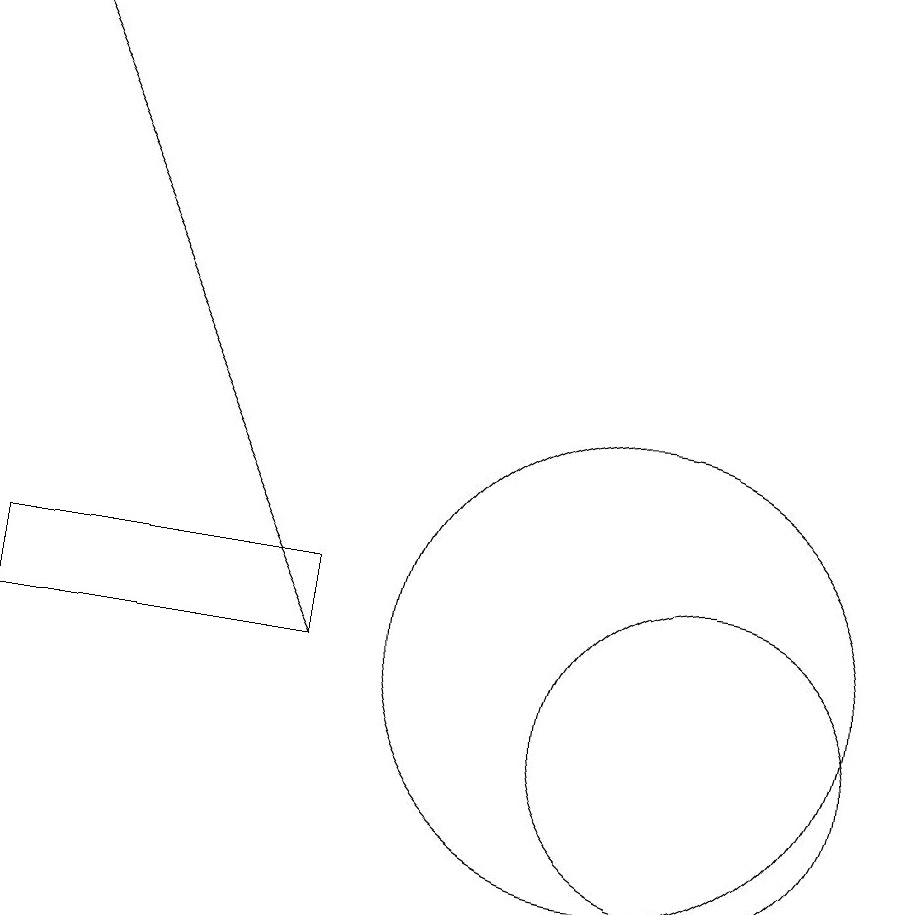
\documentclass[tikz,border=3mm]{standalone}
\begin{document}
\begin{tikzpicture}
\draw (10,11) circle (3);
\draw[->] (6,11) -- (2,19);
\draw (6,11) rectangle (2,12);
\draw (11,10) circle (2);
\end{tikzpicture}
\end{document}